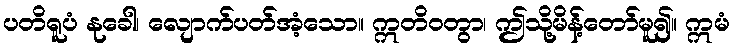
ပတိရူပံ နုခေါ၊ လျောက်ပတ်အံ့သော။ ဣတိဝတွာ၊ ဤသို့မိန့်တော်မူ၍။ ဣမံ